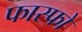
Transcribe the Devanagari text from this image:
फास्फो